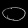
Digit: ၀